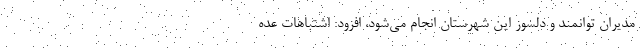
مدیران توانمند و دلسوز این شهرستان انجام می‌شود، افزود: اشتباهات عده